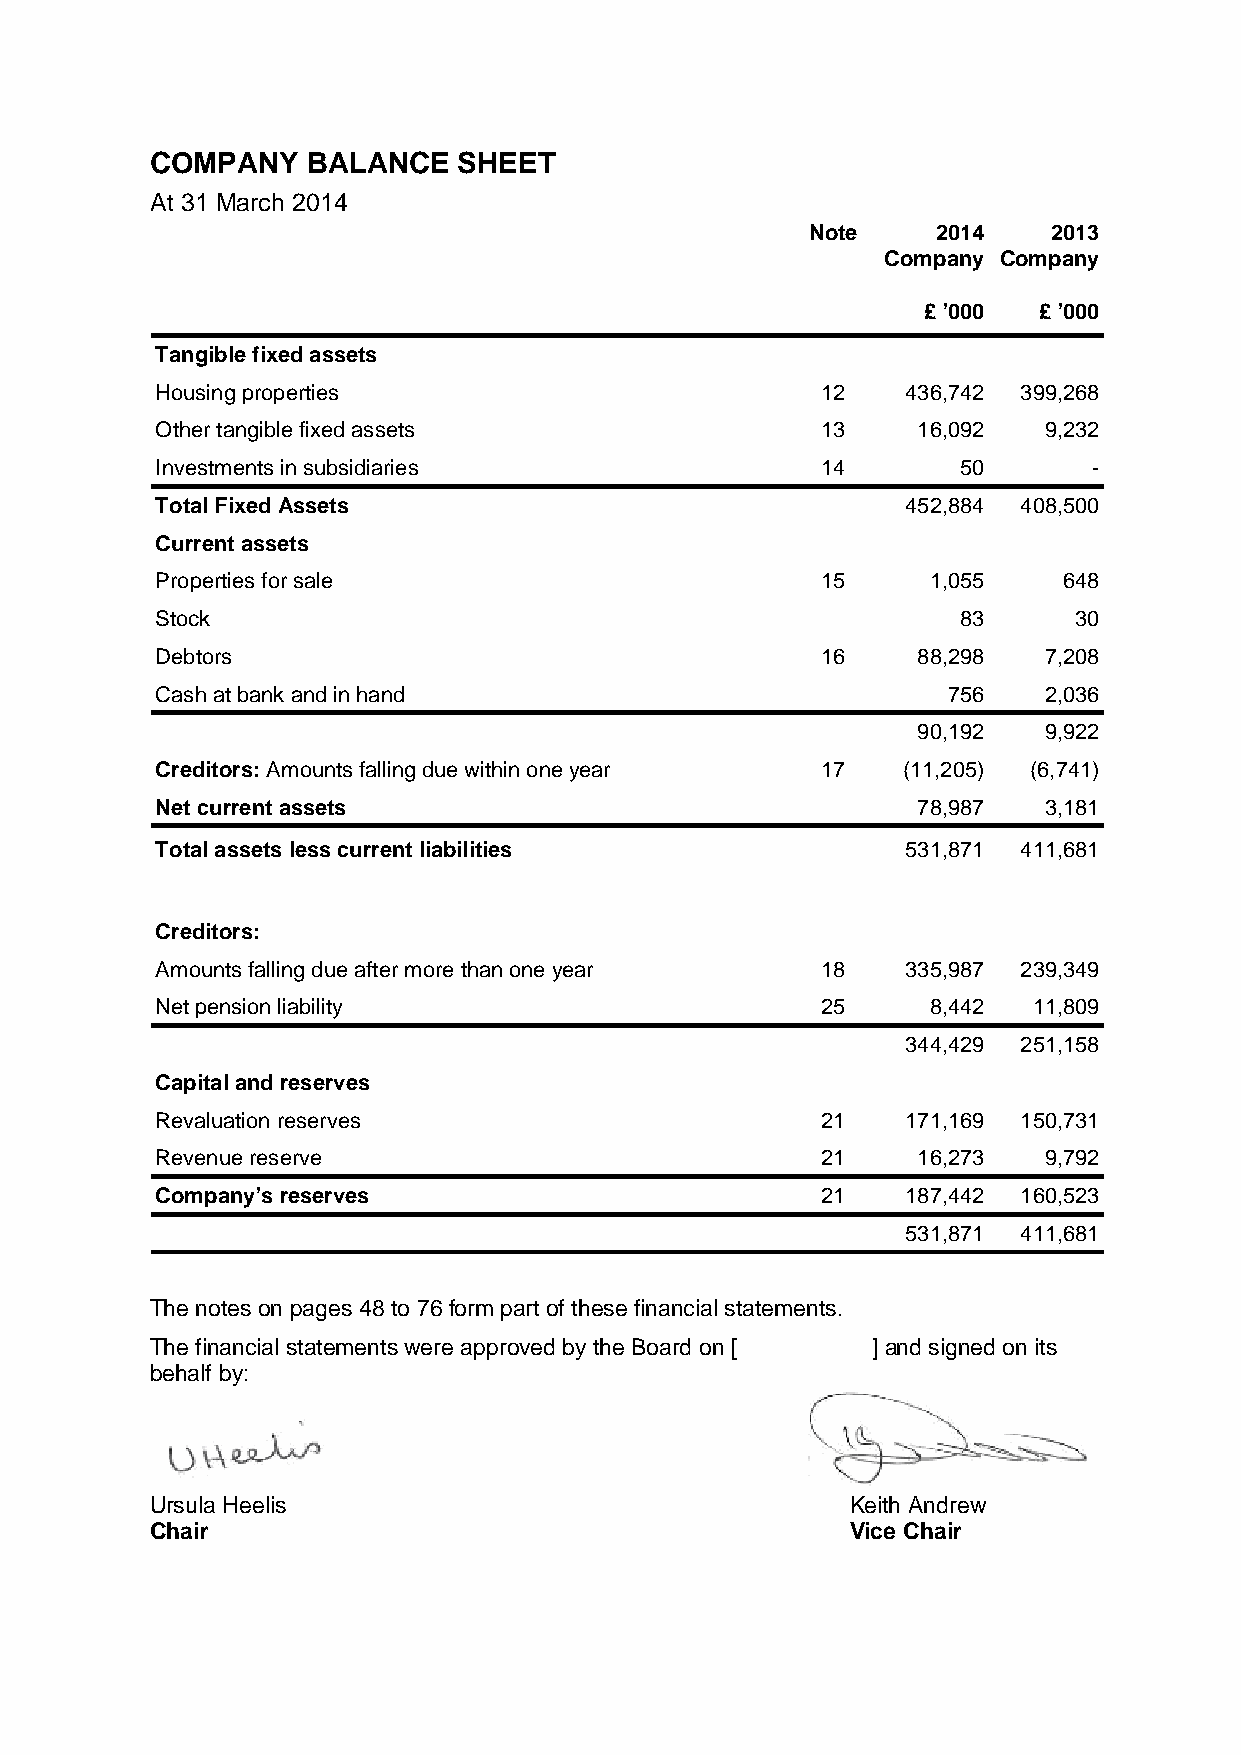
COMPANY   BALANCE   SHEET
 At 31 March 2014
 Note    2014    2013
 Company Company
 £ ’000  £ ’000
 Tangible fixed assets
 Housing properties                          12    436,742 399,268
 Other tangible fixed assets                 13     16,092  9,232
 Investments in subsidiaries                 14        50      -
 Total Fixed Assets                                452,884 408,500
 Current assets
 Properties for sale                         15      1,055   648
 Stock                                                 83     30
 Debtors                                     16     88,298  7,208
 Cash at bank and in hand                             756   2,036
 90,192  9,922
 Creditors: Amounts falling due within one year 17 (11,205) (6,741)
 Net current assets                                 78,987  3,181
 Total assets less current liabilities             531,871 411,681
 Creditors:
 Amounts falling due after more than one year 18   335,987 239,349
 Net pension liability                       25      8,442 11,809
 344,429 251,158
 Capital and reserves
 Revaluation reserves                        21    171,169 150,731
 Revenue reserve                             21     16,273  9,792
 Company’s reserves                          21    187,442 160,523
 531,871 411,681
 The notes on pages 48 to 76 form part of these financial statements.
 The financial statements were approved by the Board on [ ] and signed on its
 behalf by:
 Ursula Heelis                                 Keith Andrew
 Chair                                         Vice Chair